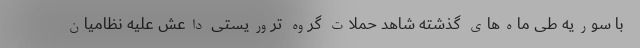
با سوریه طی ماه‌های گذشته شاهد حملات گروه تروریستی داعش علیه نظامیان